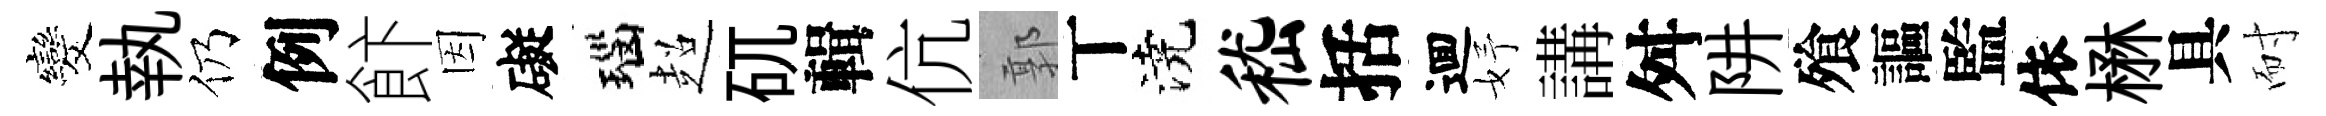
发執仍例飰因礙瑙超矹輯伉郭丅澆嵇括逥妤講舛阱飱謳監依楙具耐